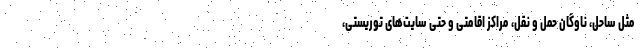
مثل ساحل، ناوگان حمل و نقل، مراکز اقامتی و حتی سایت‌های توریستی،